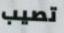
تصيب